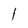
Character: l